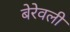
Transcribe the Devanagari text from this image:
बेरेवली